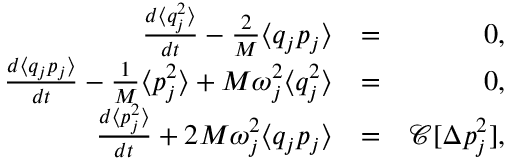
\begin{array} { r l r } { \frac { d \langle q _ { j } ^ { 2 } \rangle } { d t } - \frac { 2 } { M } \langle q _ { j } p _ { j } \rangle } & { = } & { 0 , } \\ { \frac { d \langle q _ { j } p _ { j } \rangle } { d t } - \frac { 1 } { M } \langle p _ { j } ^ { 2 } \rangle + M \omega _ { j } ^ { 2 } \langle q _ { j } ^ { 2 } \rangle } & { = } & { 0 , } \\ { \frac { d \langle p _ { j } ^ { 2 } \rangle } { d t } + 2 M \omega _ { j } ^ { 2 } \langle q _ { j } p _ { j } \rangle } & { = } & { \mathcal { C } [ \Delta p _ { j } ^ { 2 } ] , } \end{array}